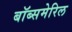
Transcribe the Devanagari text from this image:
बॉब्समेरिल